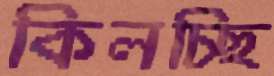
কিলচ্ছি